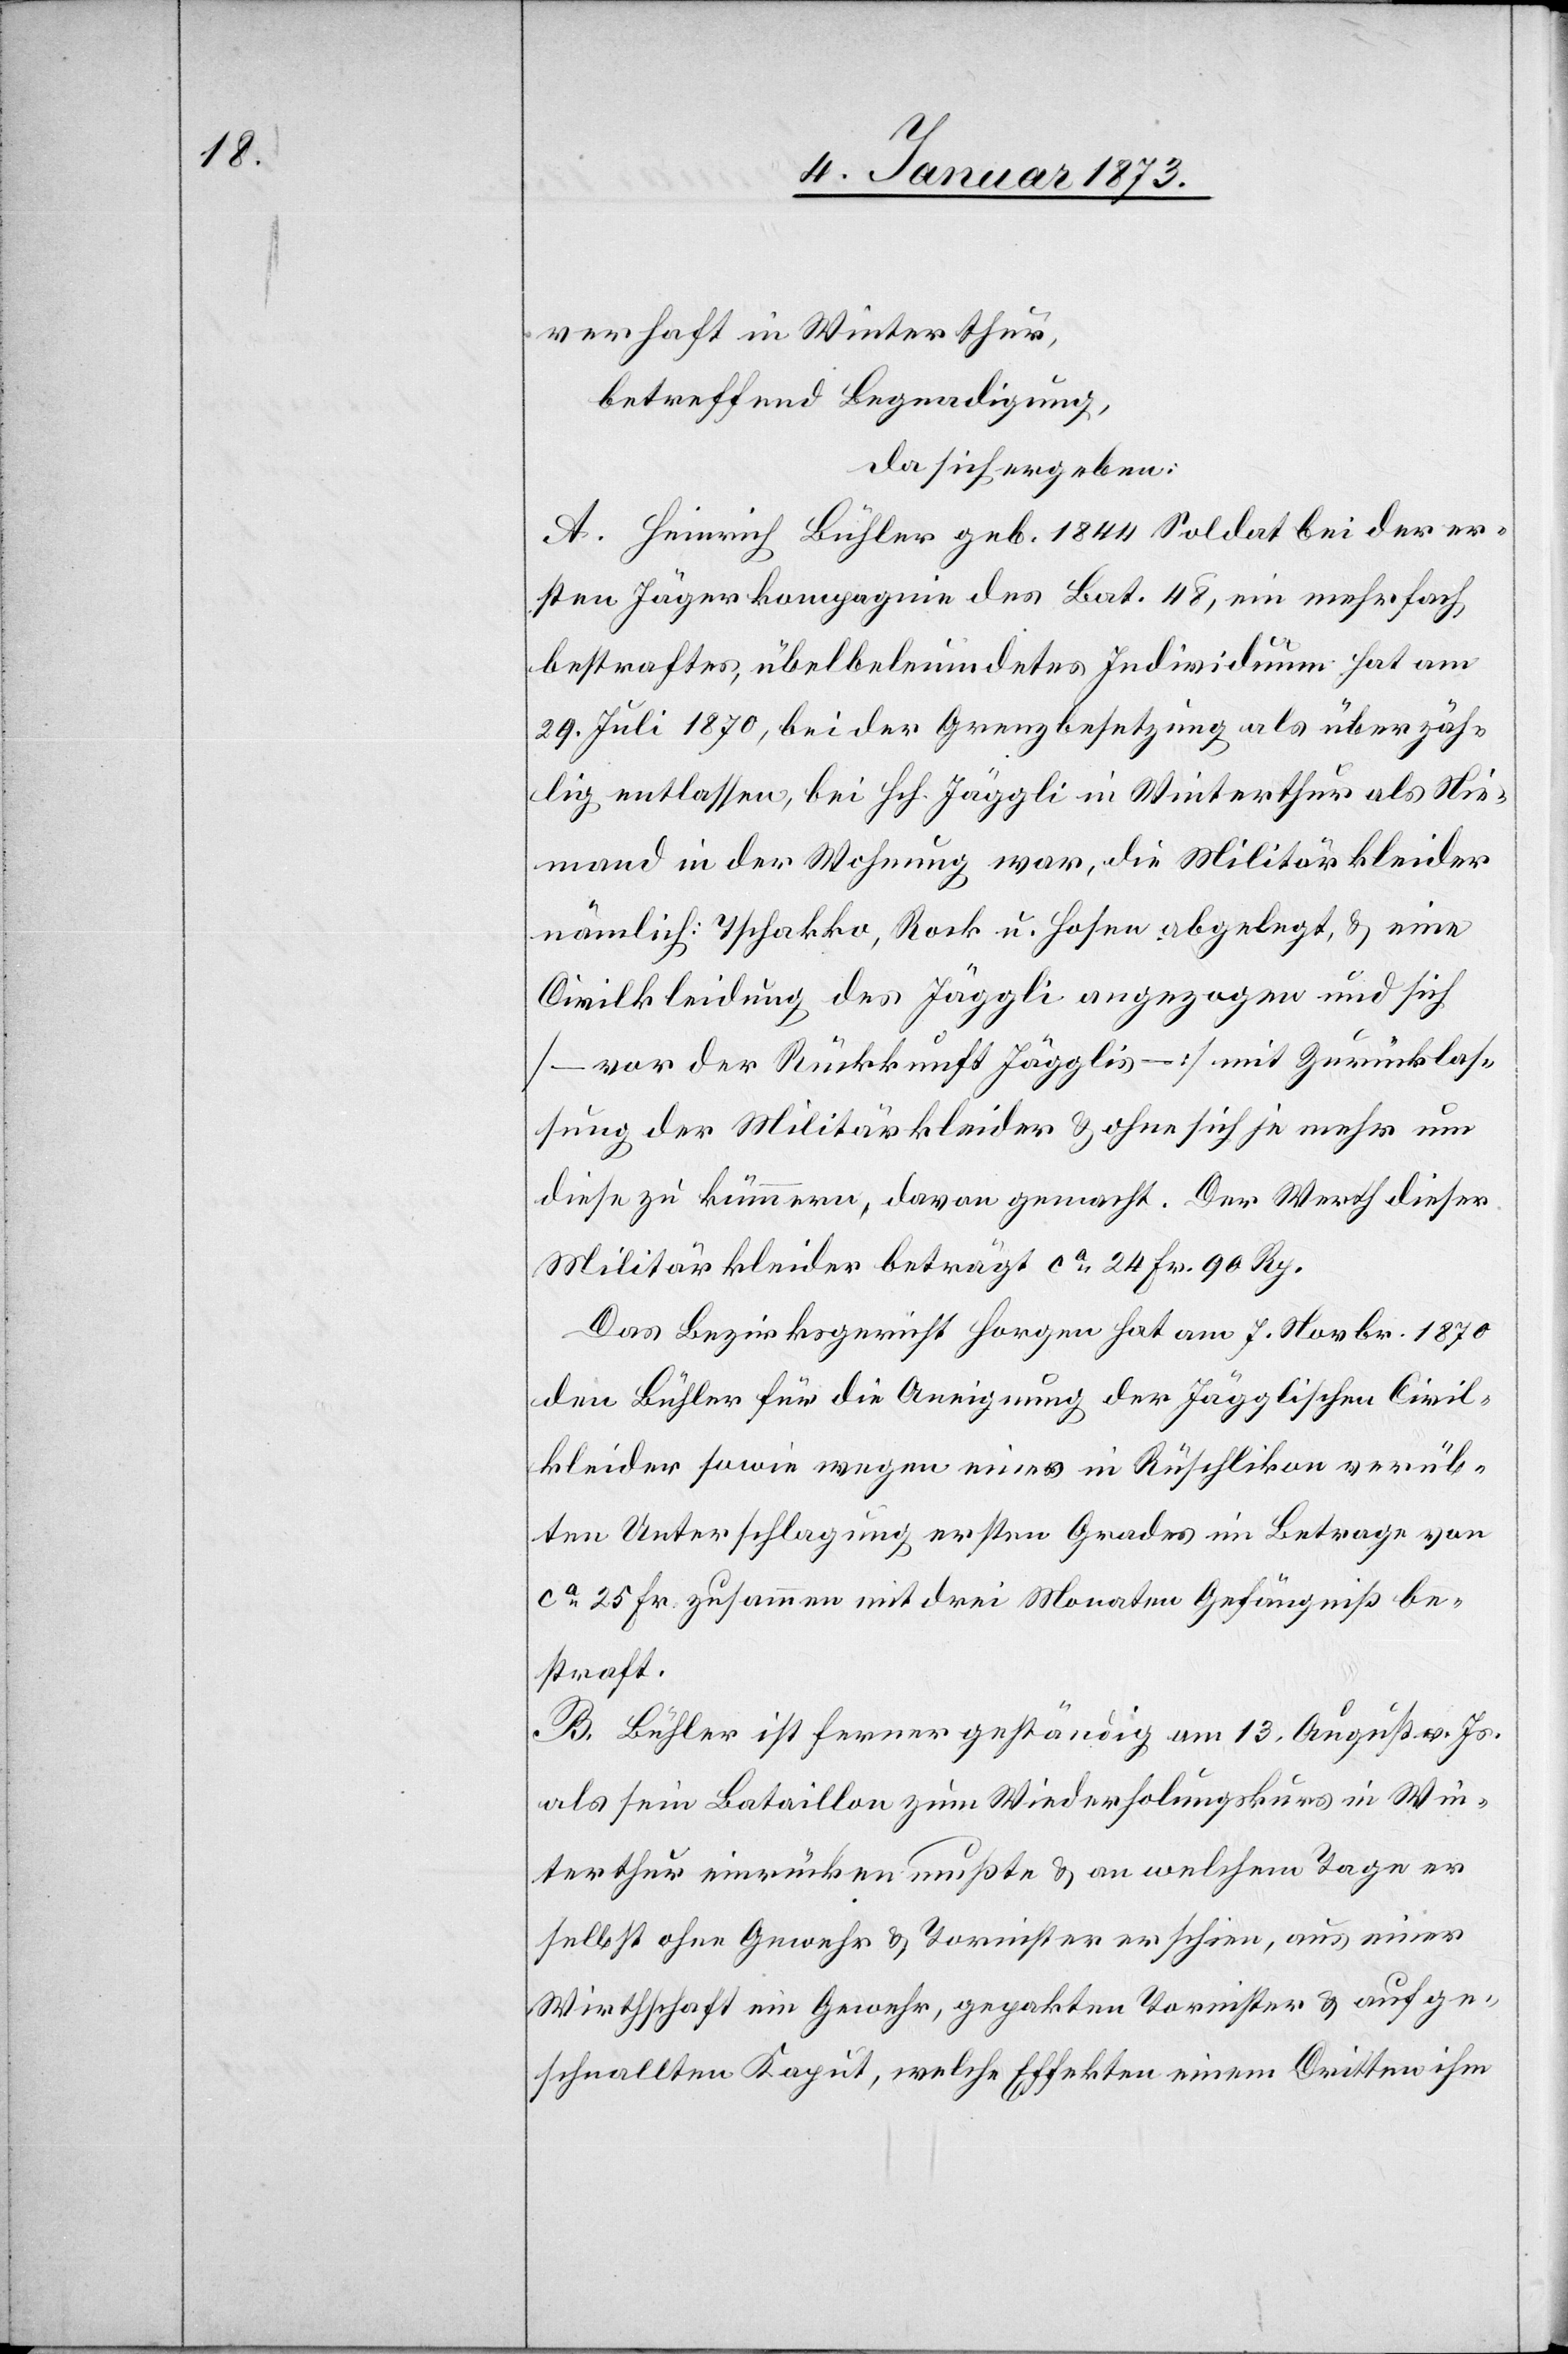
verhaft in Winterthur,
betreffend Begnadigung,
da sich ergeben:
A. Heinrich Bühler geb. 1844 Soldat bei der er¬
sten Jägerkompagnie des Bat. 48, ein mehrfach
bestraftes, übelbeleumdetes Individuum hat am
29. Juli 1870, bei der Grenzbesetzung als überzäh¬
lig entlassen, bei Hrh. Jäggli in Winterthur als Nie¬
mand in der Wohnung war, die Militärkleider
nämlich: Tschakko, Rock u. Hosen abgelegt, & eine
Civilkleidung des Jäggli angezogen und sich
(– vor der Rückkunft Jägglis –) mit Zurücklas¬
sung der Militärkleider & ohne sich je mehr um
diese zu kümmern, davon gemacht. Der Werth dieser
Militärkleider beträgt ca. 24 Fr. 90 Rp.
Das Bezirksgericht Horgen hat am 7. Novbr. 1870
den Bühler für die Aneignung der Jägglischen Civil¬
kleider sowie wegen einer in Rüschlikon verüb¬
ten Unterschlagung ersten Grades im Betrage von
ca. 25 Fr. zusammen mit drei Monaten Gefängniß be¬
straft.
B. Bühler ist ferner geständig am 13. August v. Js.
als sein Bataillon zum Wiederholungskurs in Win¬
terthur einrücken mußte & an welchem Tage er
selbst ohne Gewehr & Tornister erschien, aus einer
Wirtschaft ein Gewehr, gepackten Tornister & aufge¬
schnallten Kaput, welche Effekten einem Dritten ihm